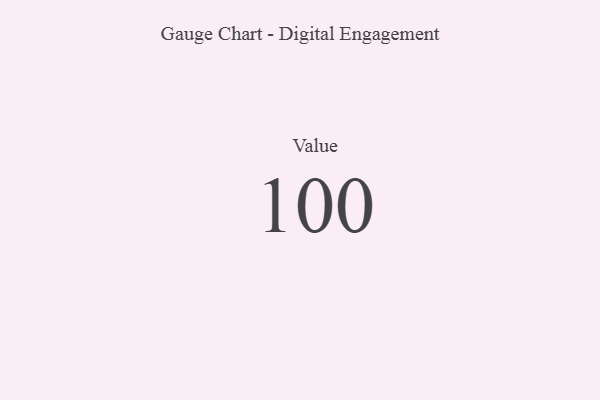
{"axis": {"x": "Metric", "y": "Value"}, "legend": [""], "data": [{"x": "Value", "y": 100, "type": ""}]}